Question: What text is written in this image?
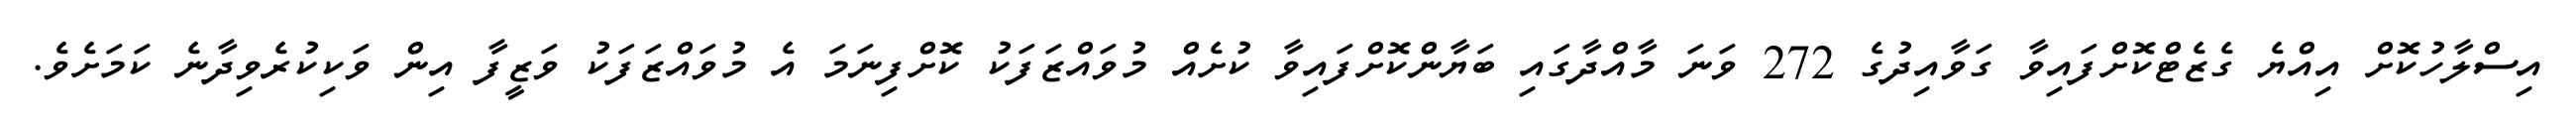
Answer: އިސްލާހުކޮށް އިއްޔެ ގެޒެޓްކޮށްފައިވާ ގަވާއިދުގެ 272 ވަނަ މާއްދާގައި ބަޔާންކޮށްފައިވާ ކުށެއް މުވައްޒަފަކު ކޮށްފިނަމަ އެ މުވައްޒަފަކު ވަޒީފާ އިން ވަކިކުރެވިދާނެ ކަމަށެވެ.